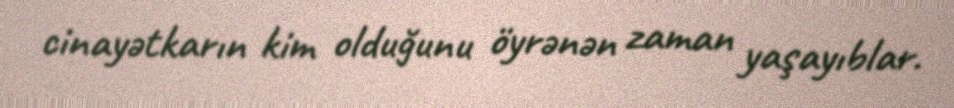
cinayətkarın kim olduğunu öyrənən zaman yaşayıblar.